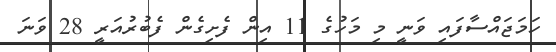
ހަމަޖައްސާފައި ވަނީ މި މަހުގެ 11 އިން ފެށިގެން ފެބުރުއަރީ 28 ވަނަ